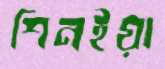
শিনইয়া